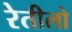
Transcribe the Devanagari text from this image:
रेतीलो